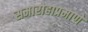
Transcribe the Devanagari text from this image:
समारोहाप्रमाणे